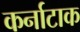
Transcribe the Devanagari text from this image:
कर्नाटाक